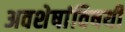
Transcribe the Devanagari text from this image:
अवशेषांविषयी